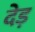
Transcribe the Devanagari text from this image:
देड़